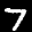
Label: 7